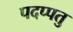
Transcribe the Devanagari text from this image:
पदप्पतु